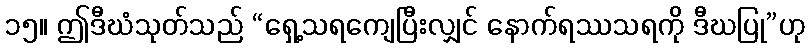
၁၅။ ဤဒီဃံသုတ်သည် “ရှေ့သရကျေပြီးလျှင် နောက်ရဿသရကို ဒီဃပြု”ဟု